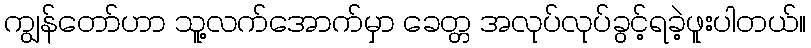
ကျွန်တော်ဟာ သူ့လက်အောက်မှာ ခေတ္တ အလုပ်လုပ်ခွင့်ရခဲ့ဖူးပါတယ်။